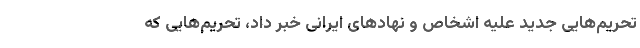
تحریم‌هایی جدید علیه اشخاص و نهادهای ایرانی خبر داد، تحریم‌هایی که